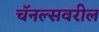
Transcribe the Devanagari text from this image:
चॅनल्सवरील